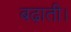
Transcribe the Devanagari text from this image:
बढ़ाती।